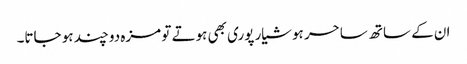
ان کے ساتھ ساحر ہوشیار پوری بھی ہوتے تو مزہ دو چند ہو جاتا۔